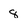
Character: 8